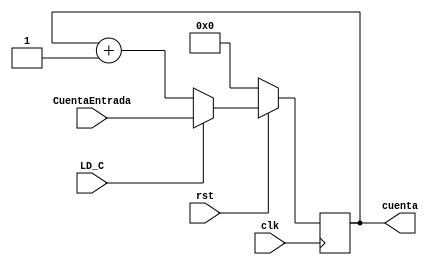
`timescale 1ns / 1ps

//////////////////////////////////////////////////////////////////////////////////
// Name: Pablo Mendoza Ponce
// Module Name: CounterWithLoad
// Project Name: Maquina microprogramada
//////////////////////////////////////////////////////////////////////////////////

//contador con carga!
module CounterWithLoad #(parameter ANCHO = 8) (
    input clk,
    input rst,
    input LD_C, //cargar (1), contar (0)
    input [ANCHO-1:0] CuentaEntrada, //Valor para carga paralela (donde vamos a saltar)
    output reg [ANCHO-1:0] cuenta  //salida del contador
    );
    
    always @(posedge clk)
      if (!rst) //reset activo en BAJO
         cuenta <= {ANCHO{1'b0}};
      else
         if (LD_C) //si LD_C es 1 entonces cargue el valor a la entrada
            cuenta <= CuentaEntrada;
         else // sino entonces cuente hacia arriba
            cuenta <= cuenta + 1'b1;
    
endmodule